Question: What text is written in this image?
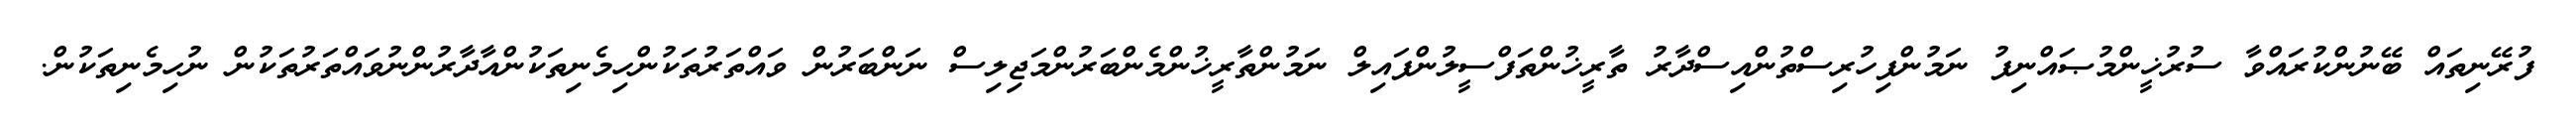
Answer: ފުރޭނިތައް ބޭނުންކުރައްވާ ސުރުޚީންމުޞައްނިފު ނަމުންފިހުރިސްތުންއިސްދާރު ތާރީޚުންތަފްސީލުންފައިލް ނަމުންތާރީޚުންމެންބަރުންމަޖިލިސް ނަންބަރުން ވައްތަރުތަކުންހިމެނިތަކުންއާދާރުންނުވައްތަރުތަކުން ނުހިމެނިތަކުން.